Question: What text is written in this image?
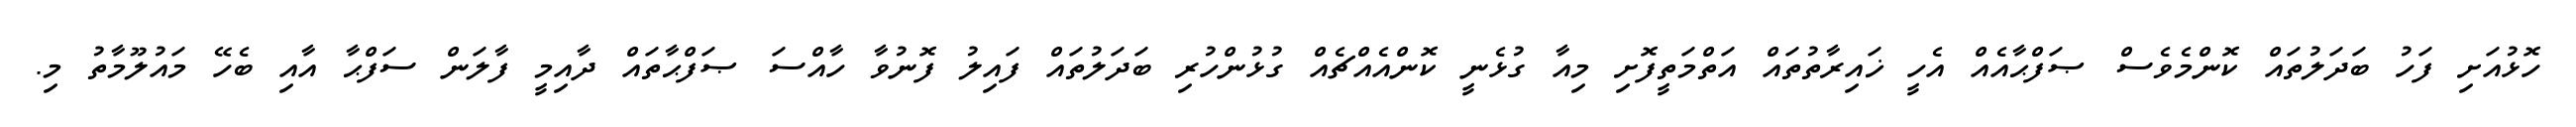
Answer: ހޮޅުއަށި ފަހު ބަދަލުތައް ކޮންމެވެސް ޞަފްޙާއެއް އެހީ ޚައިރާތުތައް އަތްމަތީފޮށި މިއާ ގުޅެނީ ކޮންއެއްޗެއް ގުޅުންހުރި ބަދަލުތައް ފައިލު ފޮނުވާ ހާއްސަ ޞަފްޙާތައް ދާއިމީ ފާލަން ސަފްޙާ އާއި ބެހޭ މައުލޫމާތު މި.